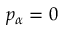
p _ { \alpha } = 0